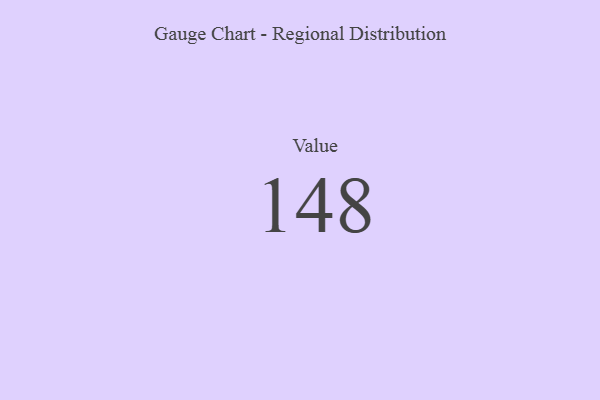
{"axis": {"x": "Metric", "y": "Value"}, "legend": [""], "data": [{"x": "Value", "y": 148, "type": ""}]}